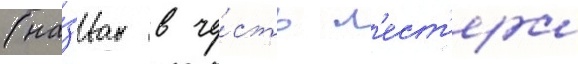
(на́зван в че́сть л'ест'ера